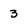
Character: 3